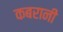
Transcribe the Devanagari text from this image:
कबरानी